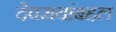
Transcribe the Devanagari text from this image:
देवरायांबद्दल